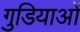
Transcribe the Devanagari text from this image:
गुडियाओं